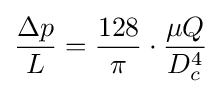
{\frac {\Delta p}{L}}={\frac {128}{\pi }}\cdot {\frac {\mu Q}{D_{c}^{4}}}